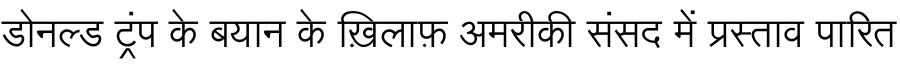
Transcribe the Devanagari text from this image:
डोनल्ड ट्रंप के बयान के ख़िलाफ़ अमरीकी संसद में प्रस्ताव पारित